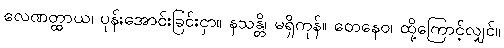
လေဏတ္ထာယ၊ ပုန်းအောင်းခြင်းငှာ။ နသန္တိ၊ မရှိကုန်။ တေနေဝ၊ ထို့ကြောင့်လျှင်။